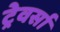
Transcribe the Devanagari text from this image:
ट्रेवर्सा